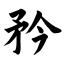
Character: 矜